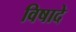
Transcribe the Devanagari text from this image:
विषादे